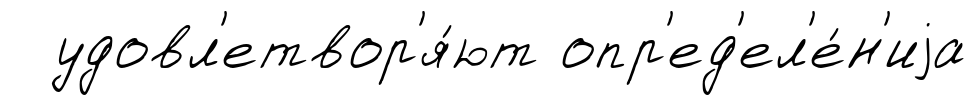
удовл'етвор'я́ют опр'ед'ел'е́н'иjа